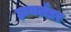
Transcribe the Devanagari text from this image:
हायलँडर